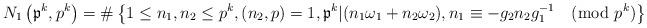
LaTeX: \begin{align*}N_1\left(\mathfrak{p}^{k},p^{k}\right)&=\#\left\{1\leq n_1,n_2\leq p^{k},(n_2,p)=1,\mathfrak{p}^{k}|(n_1\omega_1+n_2\omega_2),n_1\equiv-g_2n_2g_1^{-1}\pmod{ p^{k}}\right\}\end{align*}